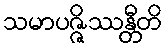
သမာပဇ္ဇိဿန္တီတိ